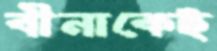
বীনাকেই